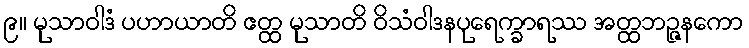
၉။ မုသာဝါဒံ ပဟာယာတိ ဧတ္ထ မုသာတိ ဝိသံဝါဒနပုရေက္ခာရဿ အတ္ထဘဉ္ဇနကော